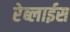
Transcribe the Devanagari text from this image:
रेब्लाईस